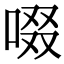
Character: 啜